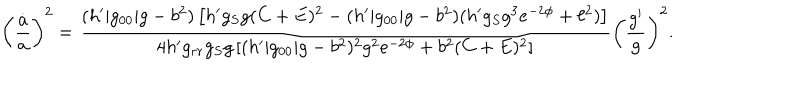
LaTeX: \left( { \frac { \dot { a } } { a } } \right) ^ { 2 } = { \frac { ( h ^ { \prime } | g _ { 0 0 } | g - b ^ { 2 } ) \left[ h ^ { \prime } g _ { S } g ( C + E ) ^ { 2 } - ( h ^ { \prime } | g _ { 0 0 } | g - b ^ { 2 } ) ( h ^ { \prime } g _ { S } g ^ { 3 } e ^ { - 2 \phi } + \ell ^ { 2 } ) \right] } { 4 h ^ { \prime } g _ { r r } g _ { S } g \left[ ( h ^ { \prime } | g _ { 0 0 } | g - b ^ { 2 } ) ^ { 2 } g ^ { 2 } e ^ { - 2 \phi } + b ^ { 2 } ( C + E ) ^ { 2 } \right] } } \left( { \frac { g ^ { \prime } } { g } } \right) ^ { 2 } .